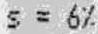
S = 6%